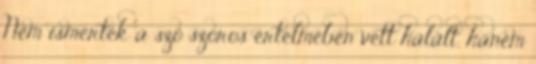
Nem ismerték a szó szoros értelmében vett halált, hanem